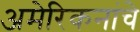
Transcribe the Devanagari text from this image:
अमेरिकनांचे